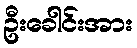
ဦးခေါင်းအား